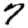
Digit: 7